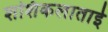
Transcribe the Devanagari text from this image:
शशिकलाताई